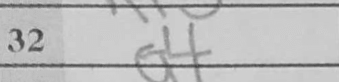
Transcription: g4